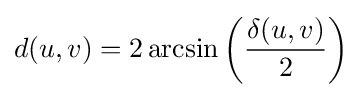
d(u,v)=2\arcsin \left({\frac {\delta (u,v)}{2}}\right)